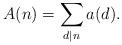
LaTeX: \begin{align*}A(n)=\sum_{d|n}a(d).\end{align*}